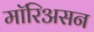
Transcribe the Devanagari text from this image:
मॉरिअसन